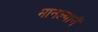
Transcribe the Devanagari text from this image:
मानल्यानें